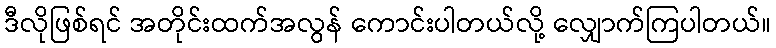
ဒီလိုဖြစ်ရင် အတိုင်းထက်အလွန် ကောင်းပါတယ်လို့ လျှောက်ကြပါတယ်။